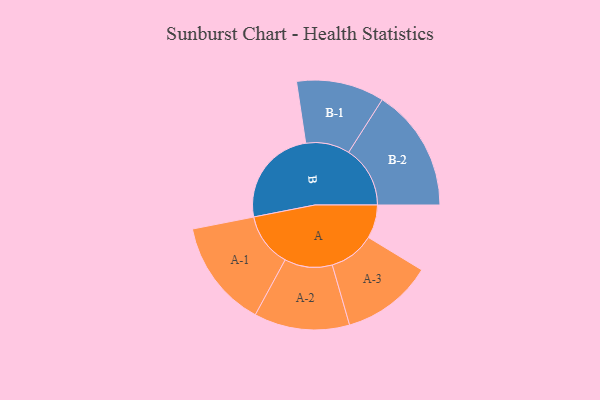
{"axis": {"x": "Segment", "y": "Value"}, "legend": ["", "A", "B"], "data": [{"x": "A", "y": 141, "type": ""}, {"x": "B", "y": 417, "type": ""}, {"x": "A-1", "y": 227, "type": "A"}, {"x": "A-2", "y": 201, "type": "A"}, {"x": "A-3", "y": 192, "type": "A"}, {"x": "B-1", "y": 185, "type": "B"}, {"x": "B-2", "y": 259, "type": "B"}]}